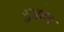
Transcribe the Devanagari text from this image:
सुप्राप्य